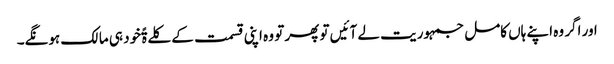
اور اگر وہ اپنے ہاں کامل جمہوریت لے آئیں تو پھر تو وہ اپنی قسمت کے کلےۃًخود ہی مالک ہونگے۔